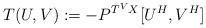
LaTeX: \begin{align*}T(U, V):=-P^{T^VX}[U^H, V^H]\end{align*}